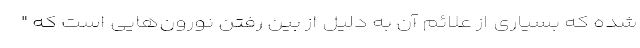
شده که بسیاری از علائم آن به دلیل از بین رفتن نورون‌هایی است که "